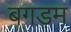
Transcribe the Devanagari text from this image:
बगड़म